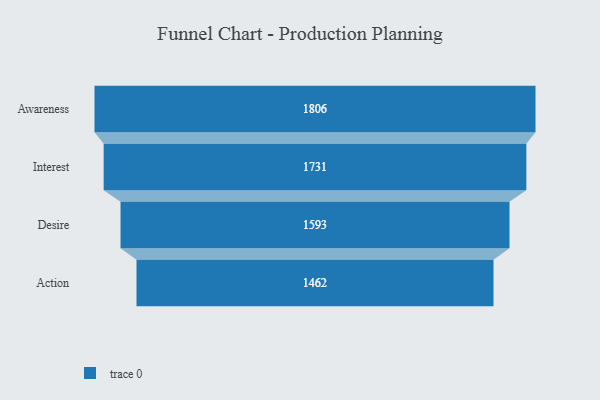
{"axis": {"x": "Stage", "y": "Value"}, "legend": [""], "data": [{"x": "Awareness", "y": 1806.0, "type": ""}, {"x": "Interest", "y": 1731.0, "type": ""}, {"x": "Desire", "y": 1593.0, "type": ""}, {"x": "Action", "y": 1462.0, "type": ""}]}